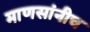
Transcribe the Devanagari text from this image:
माणसांनीच